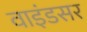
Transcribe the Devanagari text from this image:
वाइंडसर